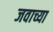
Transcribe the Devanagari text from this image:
जवाच्या